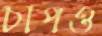
চাপও